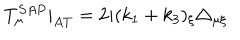
T _ { \mu } ^ { S A P } | _ { A T } = 2 i ( k _ { 1 } + k _ { 3 } ) _ { \xi } \triangle _ { \mu \xi }